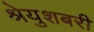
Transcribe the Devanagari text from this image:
श्रेयुशबरी